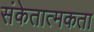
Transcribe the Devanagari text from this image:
संकेतात्मकता